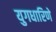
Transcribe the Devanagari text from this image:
युगधारिणे